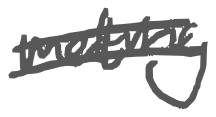
Text: melting
Cross-out: double-line
Writing tool: digital_gray